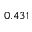
0 . 4 3 1